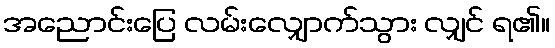
အညောင်းပြေ လမ်းလျှောက်သွား လျှင် ရ၏။